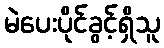
မဲပေးပိုင်ခွင့်ရှိသူ